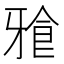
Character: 𭷒